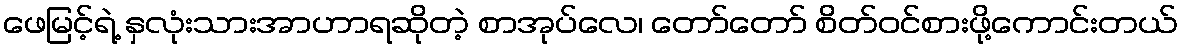
ဖေမြင့်ရဲ့ နှလုံးသားအာဟာရဆိုတဲ့ စာအုပ်လေ၊ တော်တော် စိတ်ဝင်စားဖို့ကောင်းတယ်